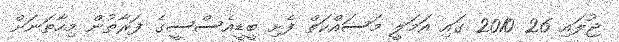
ޖުލައި 26 2010 ގައި އަމަލީ މަސައްކަތް ފެށި ބީޑީއެސްސީގެ ފަރާތުން މިހާތަނަށް